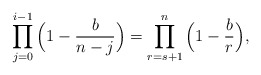
\begin{align*}\prod_{j=0}^{i-1}\Big(1-\frac{b}{n-j}\Big) = \prod_{r=s+1}^{n}\Big(1-\frac{b}{r}\Big),\end{align*}